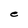
Character: e